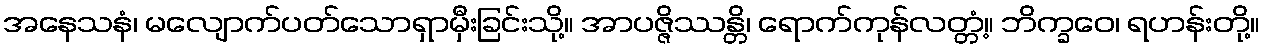
အနေသနံ၊ မလျောက်ပတ်သောရှာမှီးခြင်းသို့။ အာပဇ္ဇိဿန္တိ၊ ရောက်ကုန်လတ္တံ့။ ဘိက္ခဝေ၊ ရဟန်းတို့။